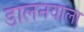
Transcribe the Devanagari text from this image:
डालनवाला़